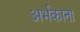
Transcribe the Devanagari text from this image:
अर्भकाना